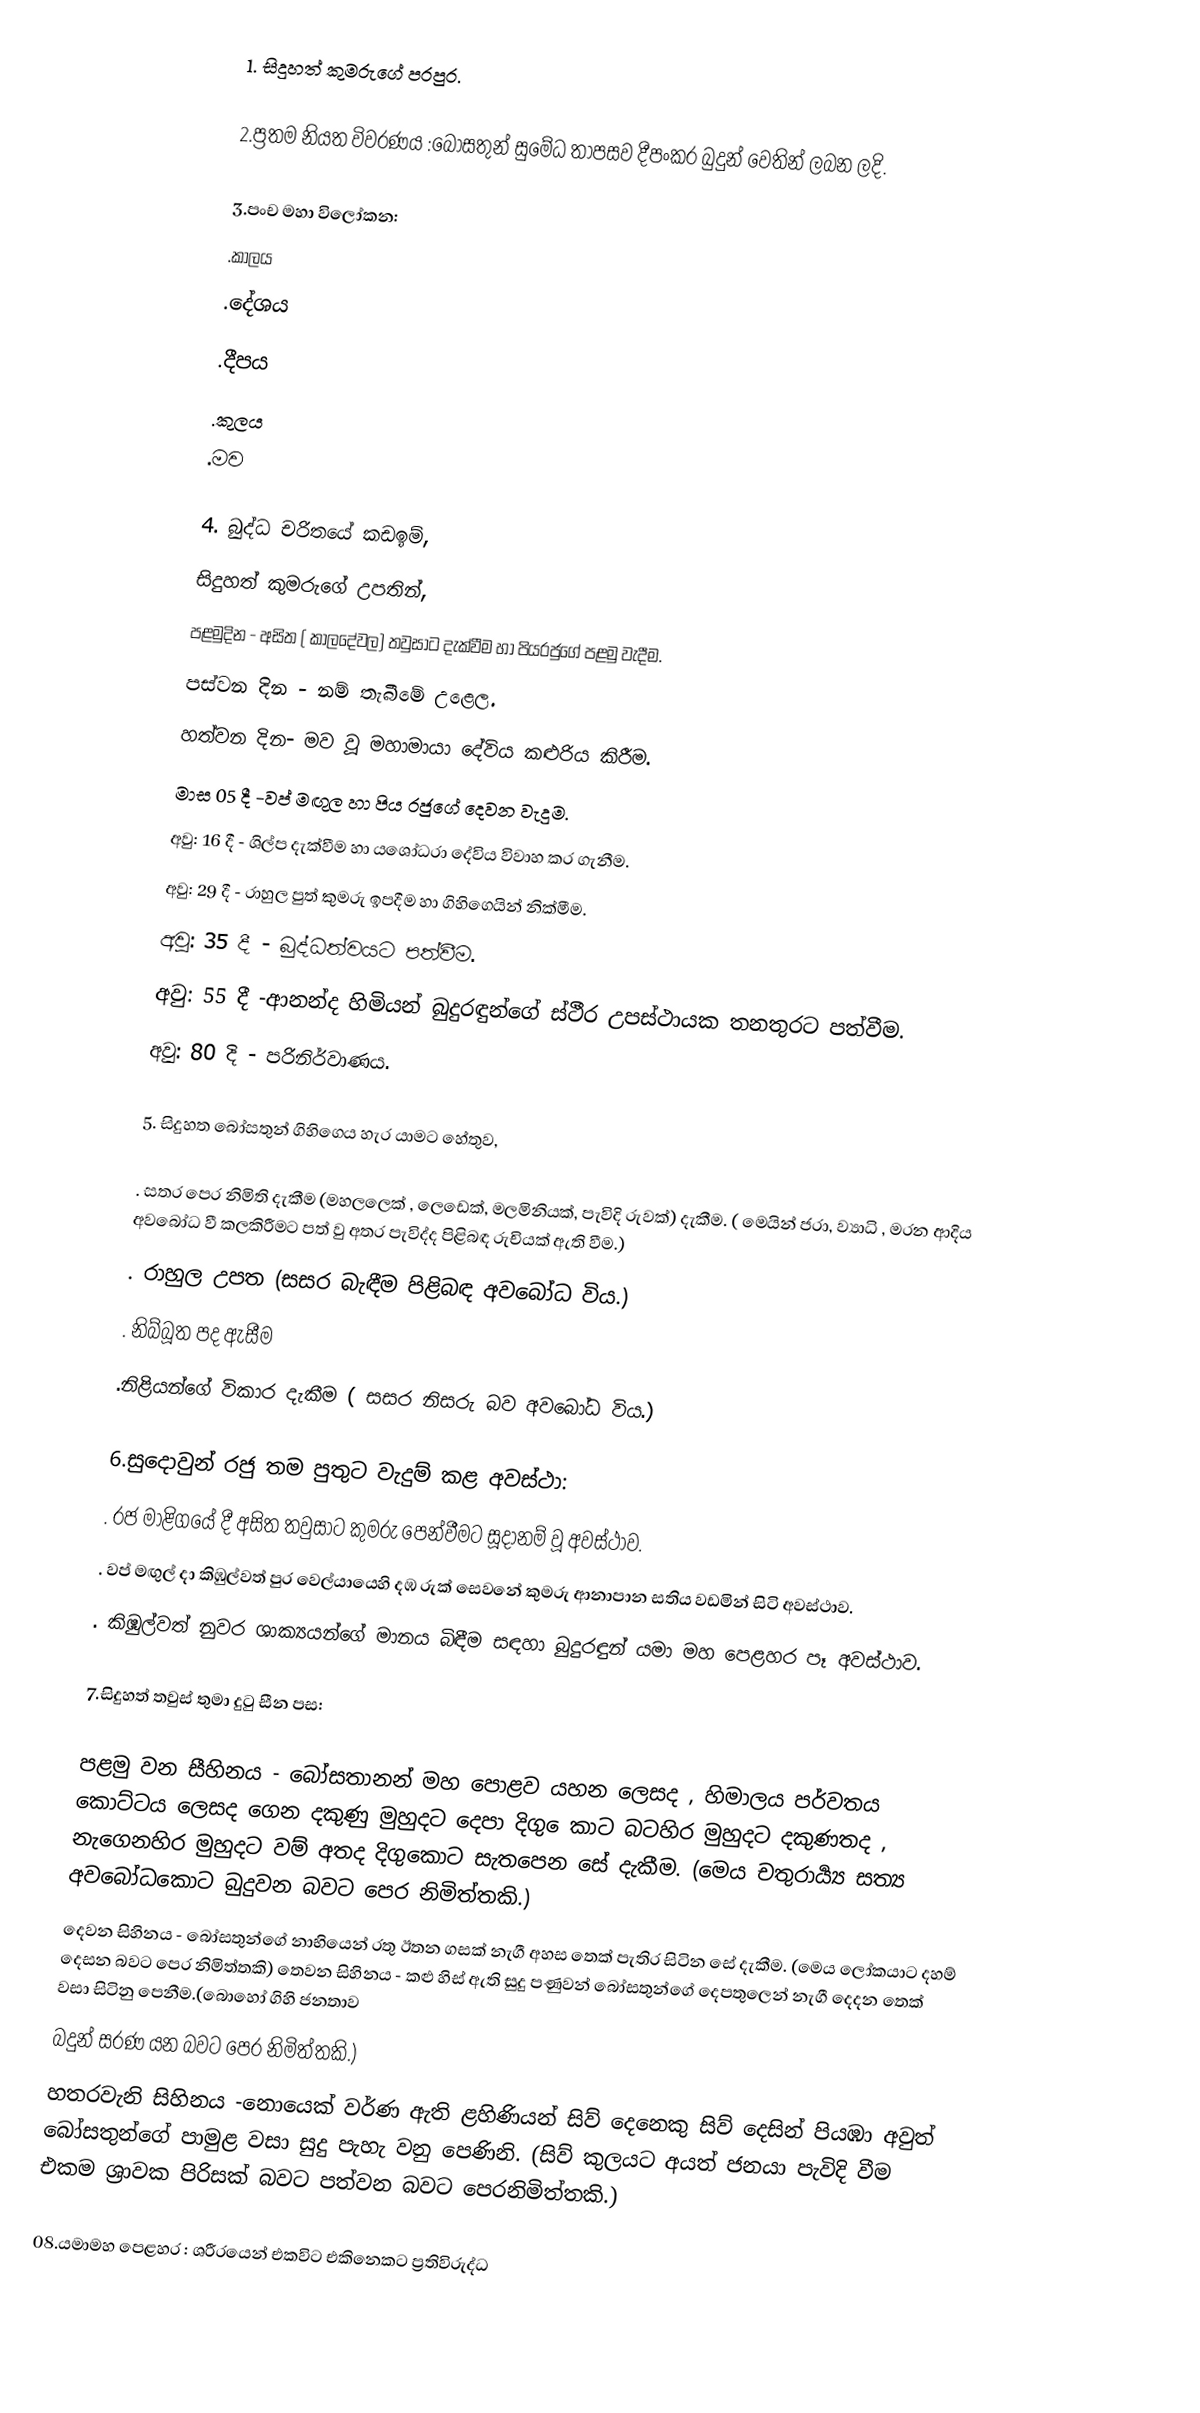
1.  සිදුහත්  කුමරුගේ  පරපුර.

2.ප්‍රතම  නියත   විවරණය  :බෝසතුන්  සුමේධ  තාපසව  දීපංකර   බුදුන්  වෙතින්  ලබන  ලදි.

3.පංච මහා විලෝකන:
.කාලය
.දේශය
.දීපය
.කුලය
.මව

4. බුද්ධ  චරිතයේ  කඩඉම්,
සිදුහත්  කුමරුගේ   උපතින්,
පළමුදින   - අසිත ( කාලදේවල) තවුසාට  දැක්වීම  හා  පියරජුගේ  පළමු  වැදීම.
පස්වන  දින - නම් තැබීමේ  උළෙල.
හත්වන දින-  මව  වූ  මහාමායා  දේවිය  කළුරිය  කිරීම.
මාස 05 දී -වප්  මඟුල  හා පිය රජුගේ  දෙවන  වැදුම.
අවු: 16 දී -  ශිල්ප  දැක්වීම හා  ය‍ශෝධරා  දේවිය  විවාහ  කර  ගැනීම.
අවු: 29 දී -  රාහුල පුත් කුමරු ඉපදීම  හා  ගිහිගෙයින්  නික්මීම.
අවු: 35 දී -  බුද්ධත්වයට  පත්වීම.
අවු: 55 දී -ආනන්ද  හිමියන්  බුදුරඳුන්ගේ  ස්ථීර  උපස්ථායක  තනතුරට  පත්වීම.
අවු: 80 දි - පරිනිර්වාණය.

5.  සිදුහත බෝසතුන්  ගිහිගෙය  හැර  යාමට  හේතුව,

. සතර  පෙර  නිමිති දැකීම (මහලලෙක් , ලෙඩෙක්,  මලමිනියක්, පැවිදි  රුවක්) දැකීම.   (                              මෙයින්  ජරා,  ව්‍යාධි ,  මරන  ආදිය  අවබෝධ වී   කලකිරීමට  පත්  වු  අතර  පැවිද්ද  පිළිබඳ  රුචියක්  ඇති වීම.)
. රාහුල  උපත  (සසර බැඳීම  පිළිබඳ  අවබෝධ  විය.)
. නිබ්බූත  පද  ඇසීම
.නිළියන්ගේ  විකාර  දැකීම  ( සසර  නිසරු  බව  අවබෝධ  විය.)

6.සුදොවුන්  රජු  තම  පුතුට  වැදුම්  කළ  අවස්ථා:
. රජ  මාළිගයේ දී  අසිත  තවුසාට කුමරු  පෙන්වීමට  සූදානම්  වූ  අවස්ථාව.
. වප්   මඟුල්  දා  කිඹුල්වත් පුර  වෙල්යායෙහි  දඹ රුක්  සෙවනේ  කුමරු  ආනාපාන  සතිය  වඩමින්  සිටි   අවස්ථාව.
. කිඹුල්වත්  නුවර  ශාක්‍යයන්ගේ  මානය  බිඳීම  සඳහා  බුදුරඳුන්  යමා  මහ  පෙළහර  පෑ  අවස්ථාව.

7.සිදුහත්  තවුස් තුමා  දුටු  සීන පස:

පළමු වන  සීහිනය - බෝසතානන් මහ  පොළව  යහන  ලෙසද ,  හිමාලය  පර්වතය  කොට්ටය  ලෙසද  ගෙන  දකුණු  මුහුදට  දෙපා  දිගු  ෙකාට    බටහිර  මුහුදට  දකුණතද , නැගෙනහිර  මුහුදට  වම්  අතද  දිගුකොට  සැතපෙන  සේ   දැකීම. (මෙය  චතුරාර්‍ය්‍ය  සත්‍ය  අවබෝධකොට  බුදුවන  බවට  පෙර  නිමිත්තකි.)
දෙවන      සිහිනය  - බෝසතුන්ගේ  නාභියෙන්  රතු  ඊතන ගසක්  නැගී  අහස  තෙක්  පැතිර  සිටින  සේ  දැකීම. (මෙය  ලෝකයාට  දහම්  දෙසන          බවට  පෙර  නිමිත්තකි) තෙවන    සිහිනය      -  කළු  හිස්  ඇති   සුදු  පණුවන්   බෝසතුන්ගේ  දෙපතුලෙන්  නැගී  දෙදන  තෙක්  වසා  සිටිනු  පෙනීම.(බොහෝ  ගිහි  ජනතාව
බදුන්  සරණ  යන  බවට  පෙර  නිමිත්තකි.)
හතරවැනි  සිහිනය -නොයෙක්  වර්ණ  ඇති  ළහිණියන්  සිව්   දෙනෙකු   සිව්  දෙසින්  පියඹා  අවුත්  බෝසතුන්ගේ  පාමුළ  වසා  සුදු  පැහැ වනු                  පෙණිනි. (සිව්  කුලයට  අයත්  ජනයා  පැවිදි  වීම  එකම  ශ්‍රාවක  පිරිසක්  බවට  පත්වන   බවට  පෙරනිමිත්තකි.)

08.යමාමහ  පෙළහර :  ශරීරයෙන්  එකවිට   එකිනෙකට  ප්‍රතිවිරුද්ධ